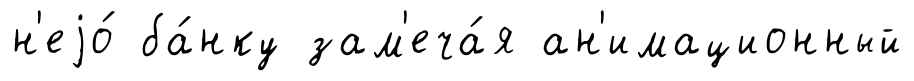
н'еjо́ ба́нку зам'еча́я ан'имационный